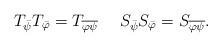
LaTeX: \begin{align*}T_{\bar{\psi}}T_{\bar{\varphi}}=T_{\overline{\varphi \psi}}~~~~S_{\bar{\psi}}S_{\bar{\varphi}}=S_{\overline{\varphi \psi}}.\end{align*}